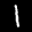
Label: 1